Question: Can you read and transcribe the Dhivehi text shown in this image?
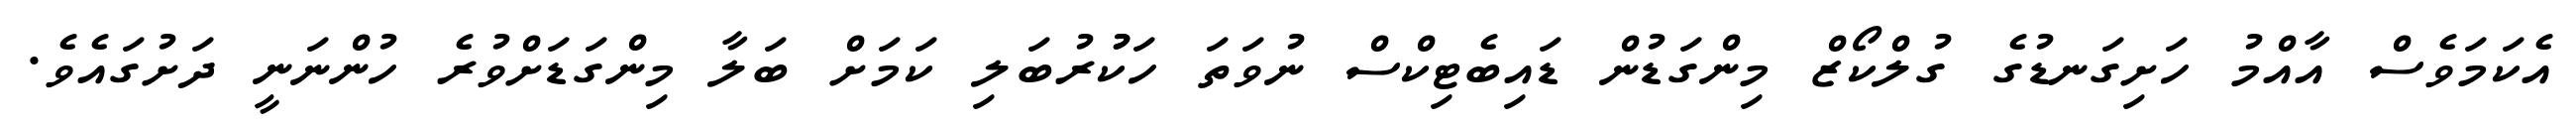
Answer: އެކަމަވެސް އާއްމު ހަށިގަނޑުގެ ގުލްކޯޒް މިންގަޑުން ޑައިބެޓިކްސް ނުވަތަ ހަކުުރުބަލި ކަމަށް ބަލާ މިންގަޑަށްވުރެ ހުންނަނީ ދަށުގައެވެ.